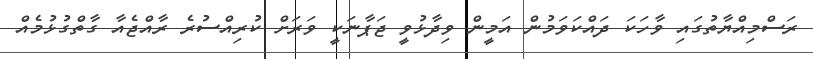
ރަސްމިއްޔާތުގައި ވާހަކަ ދައްކަވަމުން އަމީން ވިދާޅުވީ ޖަޕާނަކީ ވަރަށް ކުރިއްސުރެ ރާއްޖެއާ ގާތްގުޅުމެއް